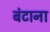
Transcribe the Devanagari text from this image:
बंटाना